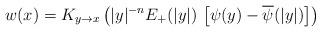
LaTeX: \begin{align*}w(x)=K_{y\to x}\left( |y|^{-n} E_+(|y|)\,\left[ \psi(y)-\overline{\psi}(|y|)\right]\right)\end{align*}